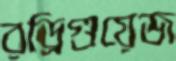
রড্রিগুয়েজ